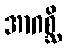
အာဂစ္ဆိ